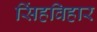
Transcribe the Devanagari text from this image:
सिंहविहार